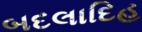
બદલાદિહ